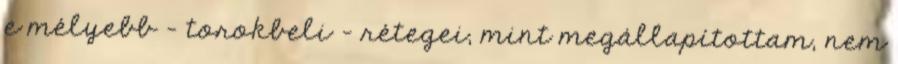
e mélyebb - torokbeli - rétegei, mint megállapítottam, nem